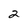
Character: 2